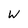
Character: W